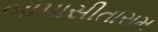
બાપાસીતારામ